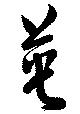
英